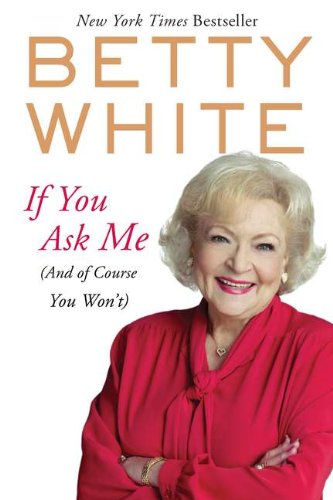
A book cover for If You Ask Me: (And of Course You Won't); Betty White; Biographies & Memoirs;